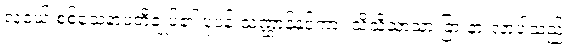
လူငယ် စစ်သေနာပတိချုပ်၏ ပုံပန်းသဏ္ဌာန်နှင့်ကား သိသိသာသာ ခြားနားလာပါသည်။